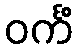
ဝင်္ကံ